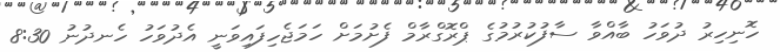
ހޮނިހިރު ދުވަހު ބާއްވާ ސާފުކުރުމުގެ ޕްރޮގްރާމް ފެށުމަށް ހަމަޖެހިފައިވަނީ އެދުވަހު ހެނދުނު 8:30